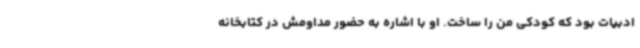
ادبیات بود که کودکی من را ساخت. او با اشاره به حضور مداومش در کتابخانه